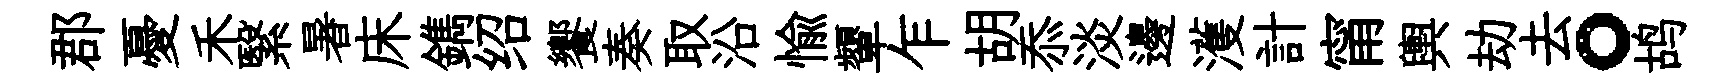
郡憂禾繄暑床鐫绍饗奏取沿愉顰乍胡忝淡邊濩計甯輿劫去。鸪